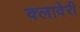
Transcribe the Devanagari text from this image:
क्लावेरी